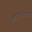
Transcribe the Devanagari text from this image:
ओपचारीकता